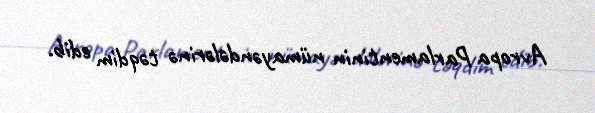
Avropa Parlamentinin nümayəndələrinə təqdim edib.